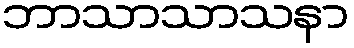
ဘာသာသာသနာ